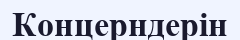
Концерндерін